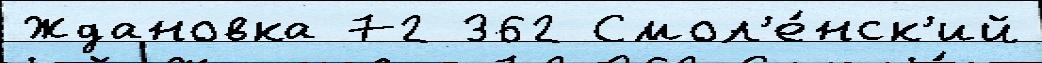
Ждановка 72 362 Смол'е́нск'ий